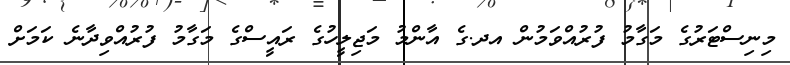
މިނިސްޓަރުގެ މަގާމު ފުރުއްވަމުން އދ.ގެ އާންމު މަޖިލީހުގެ ރައީސްގެ މަގާމު ފުރުއްވިދާނެ ކަމަށް